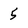
Character: 5